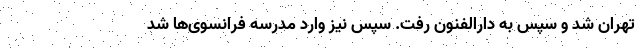
تهران شد و سپس به دارالفنون رفت. سپس نیز وارد مدرسه فرانسوی‌ها شد